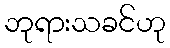
ဘုရားသခင်ဟု